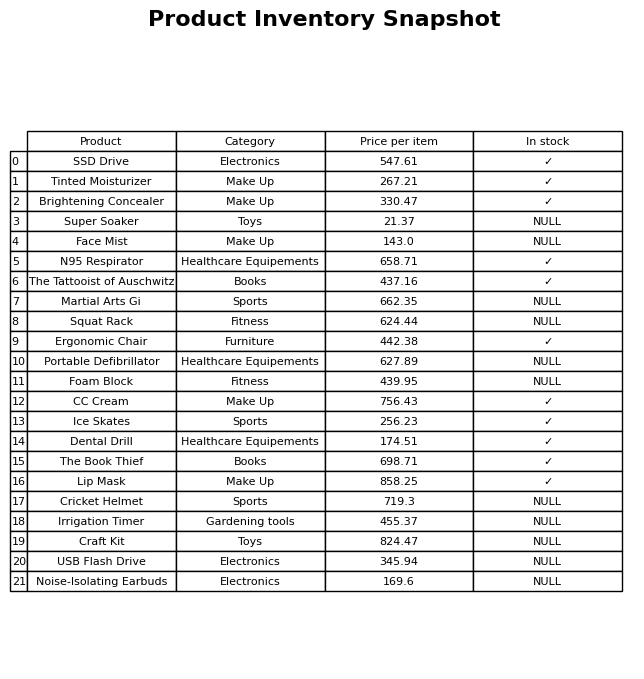
question: What is the price for Face Mist?
answer: The price of Face Mist is 143.0.